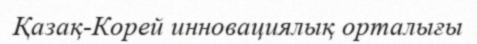
Қазақ-Корей инновациялық орталығы